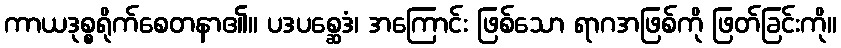
ကာယဒုစ္စရိုက်စေတနာ၏။ ပဒပစ္ဆေဒံ၊ အကြောင်း ဖြစ်သော ရာဂအဖြစ်ကို ဖြတ်ခြင်းကို။